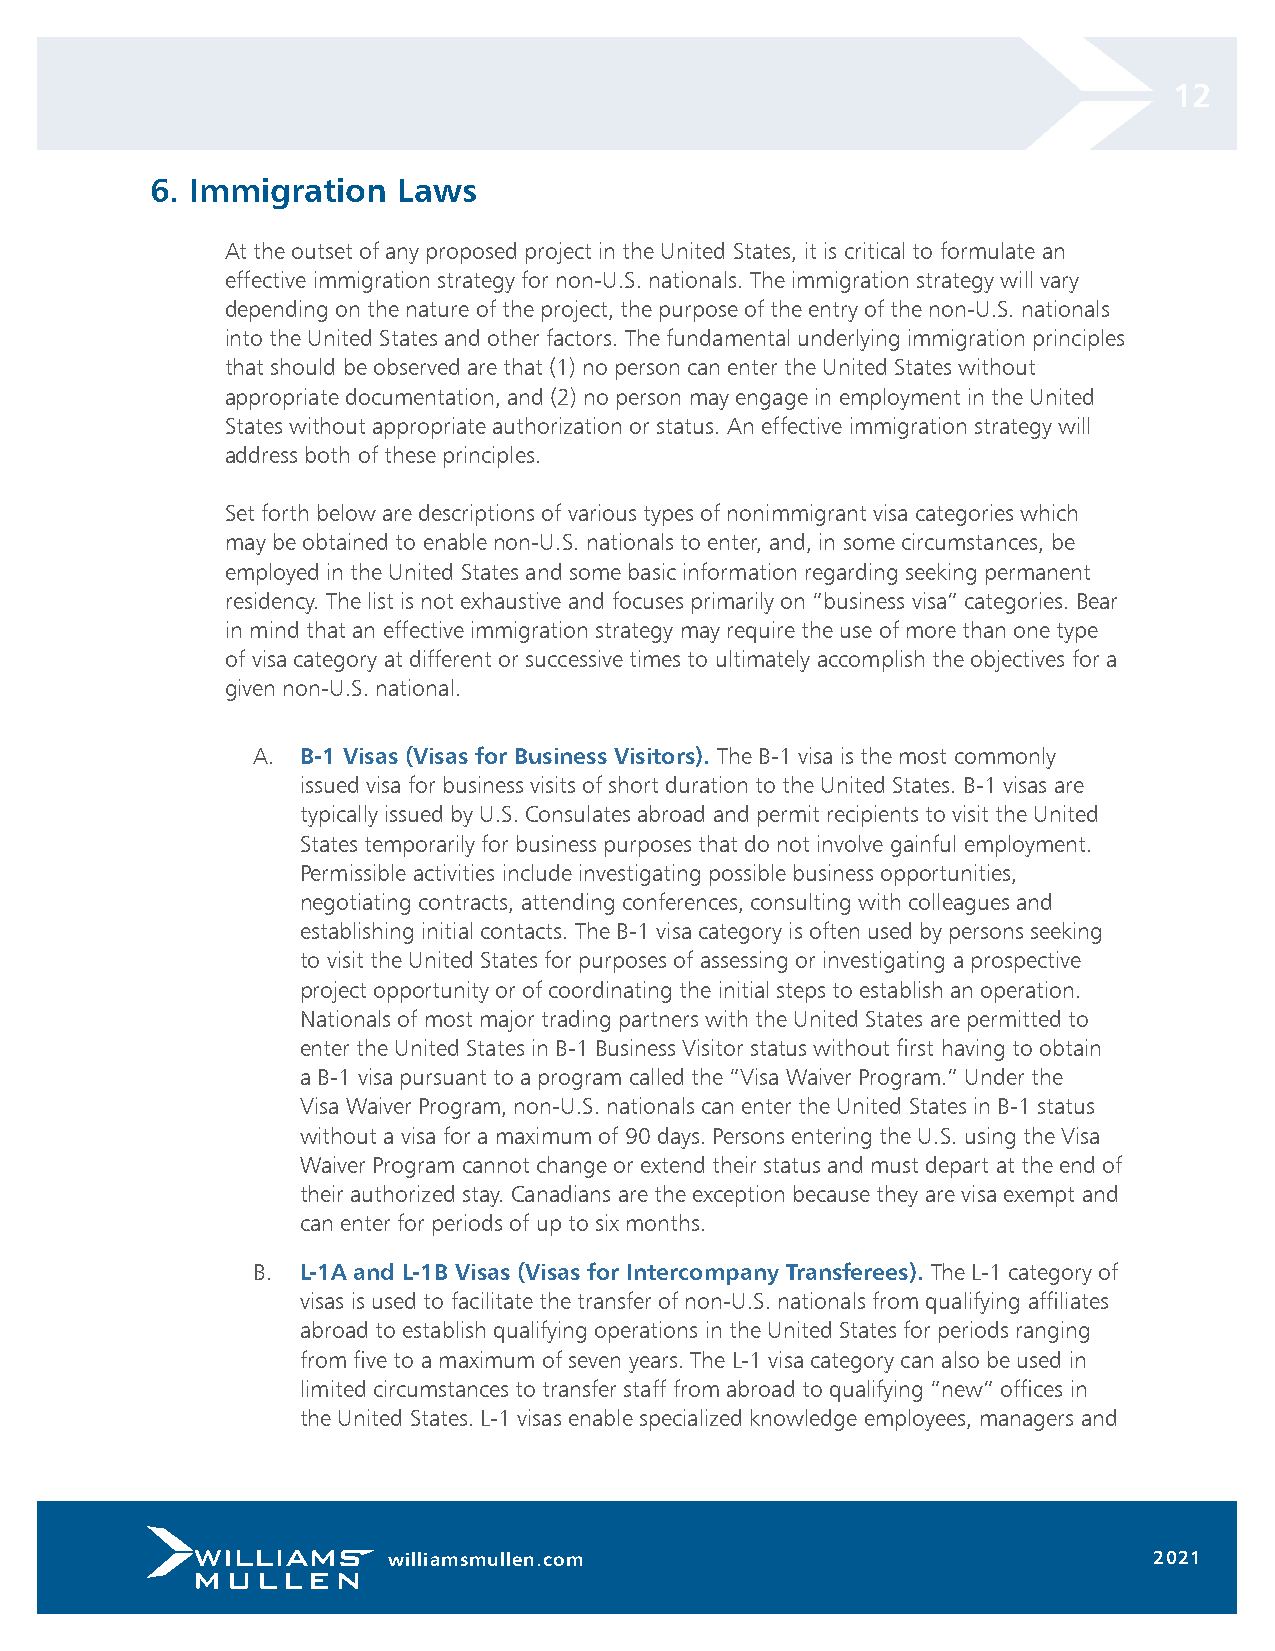
12
 6. Immigration  Laws
 At the outset of any proposed project in the United States, it is critical to formulate an
 effective immigration strategy for non-U.S. nationals. The immigration strategy will vary
 depending on the nature of the project, the purpose of the entry of the non-U.S. nationals
 into the United States and other factors. The fundamental underlying immigration principles
 that should be observed are that (1) no person can enter the United States without
 appropriate documentation, and (2) no person may engage in employment in the United
 States without appropriate authorization or status. An effective immigration strategy will
 address both of these principles.
 Set forth below are descriptions of various types of nonimmigrant visa categories which
 may be obtained to enable non-U.S. nationals to enter, and, in some circumstances, be
 employed in the United States and some basic information regarding seeking permanent
 residency. The list is not exhaustive and focuses primarily on “business visa” categories. Bear
 in mind that an effective immigration strategy may require the use of more than one type
 of visa category at different or successive times to ultimately accomplish the objectives for a
 given non-U.S. national.
 A. B-1 Visas (Visas for Business Visitors). The B-1 visa is the most commonly
 issued visa for business visits of short duration to the United States. B-1 visas are
 typically issued by U.S. Consulates abroad and permit recipients to visit the United
 States temporarily for business purposes that do not involve gainful employment.
 Permissible activities include investigating possible business opportunities,
 negotiating contracts, attending conferences, consulting with colleagues and
 establishing initial contacts. The B-1 visa category is often used by persons seeking
 to visit the United States for purposes of assessing or investigating a prospective
 project opportunity or of coordinating the initial steps to establish an operation.
 Nationals of most major trading partners with the United States are permitted to
 enter the United States in B-1 Business Visitor status without first having to obtain
 a B-1 visa pursuant to a program called the “Visa Waiver Program.” Under the
 Visa Waiver Program, non-U.S. nationals can enter the United States in B-1 status
 without a visa for a maximum of 90 days. Persons entering the U.S. using the Visa
 Waiver Program cannot change or extend their status and must depart at the end of
 their authorized stay. Canadians are the exception because they are visa exempt and
 can enter for periods of up to six months.
 B. L-1A and L-1B Visas (Visas for Intercompany Transferees). The L-1 category of
 visas is used to facilitate the transfer of non-U.S. nationals from qualifying affiliates
 abroad to establish qualifying operations in the United States for periods ranging
 from five to a maximum of seven years. The L-1 visa category can also be used in
 limited circumstances to transfer staff from abroad to qualifying “new” offices in
 the United States. L-1 visas enable specialized knowledge employees, managers and
 williamsmullen.com                                2021